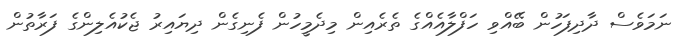
ނަމަވެސް ދާދިފަހުން ބޭއްވި ހަފްލާއެއްގެ ތެރެއިން މިދެމީހުން ފެނިގެން ދިޔައިރު ޖެކުއެލިންގެ ފަރާތުން